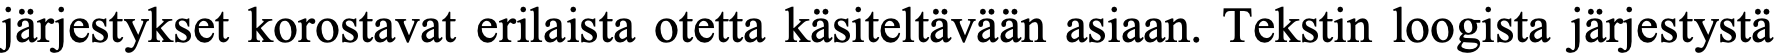
järjestykset korostavat erilaista otetta käsiteltävään asiaan. Tekstin loogista järjestystä